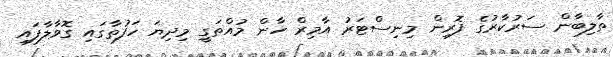
ތާލިބާން ސަރުކާރުގެ ފޮރިން މިނިސްޓަރު އާމިރް ހާން މުއްތަގީ މިދިޔަ ހަފުތާގައި ގޮވާލާފައި